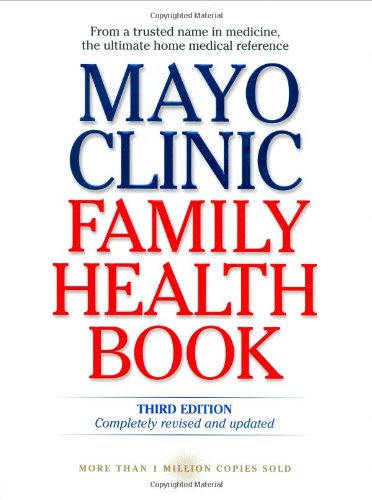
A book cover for Mayo Clinic Family Health Book, Third Edition; Mayo Clinic; Health, Fitness & Dieting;